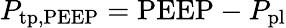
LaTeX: P_{\mathrm{tp,PEEP}}=\mathrm{PEEP}-P_{\mathrm{pl}}